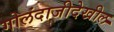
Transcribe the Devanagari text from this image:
गोलंदाजीदेखील